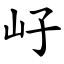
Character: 㞨